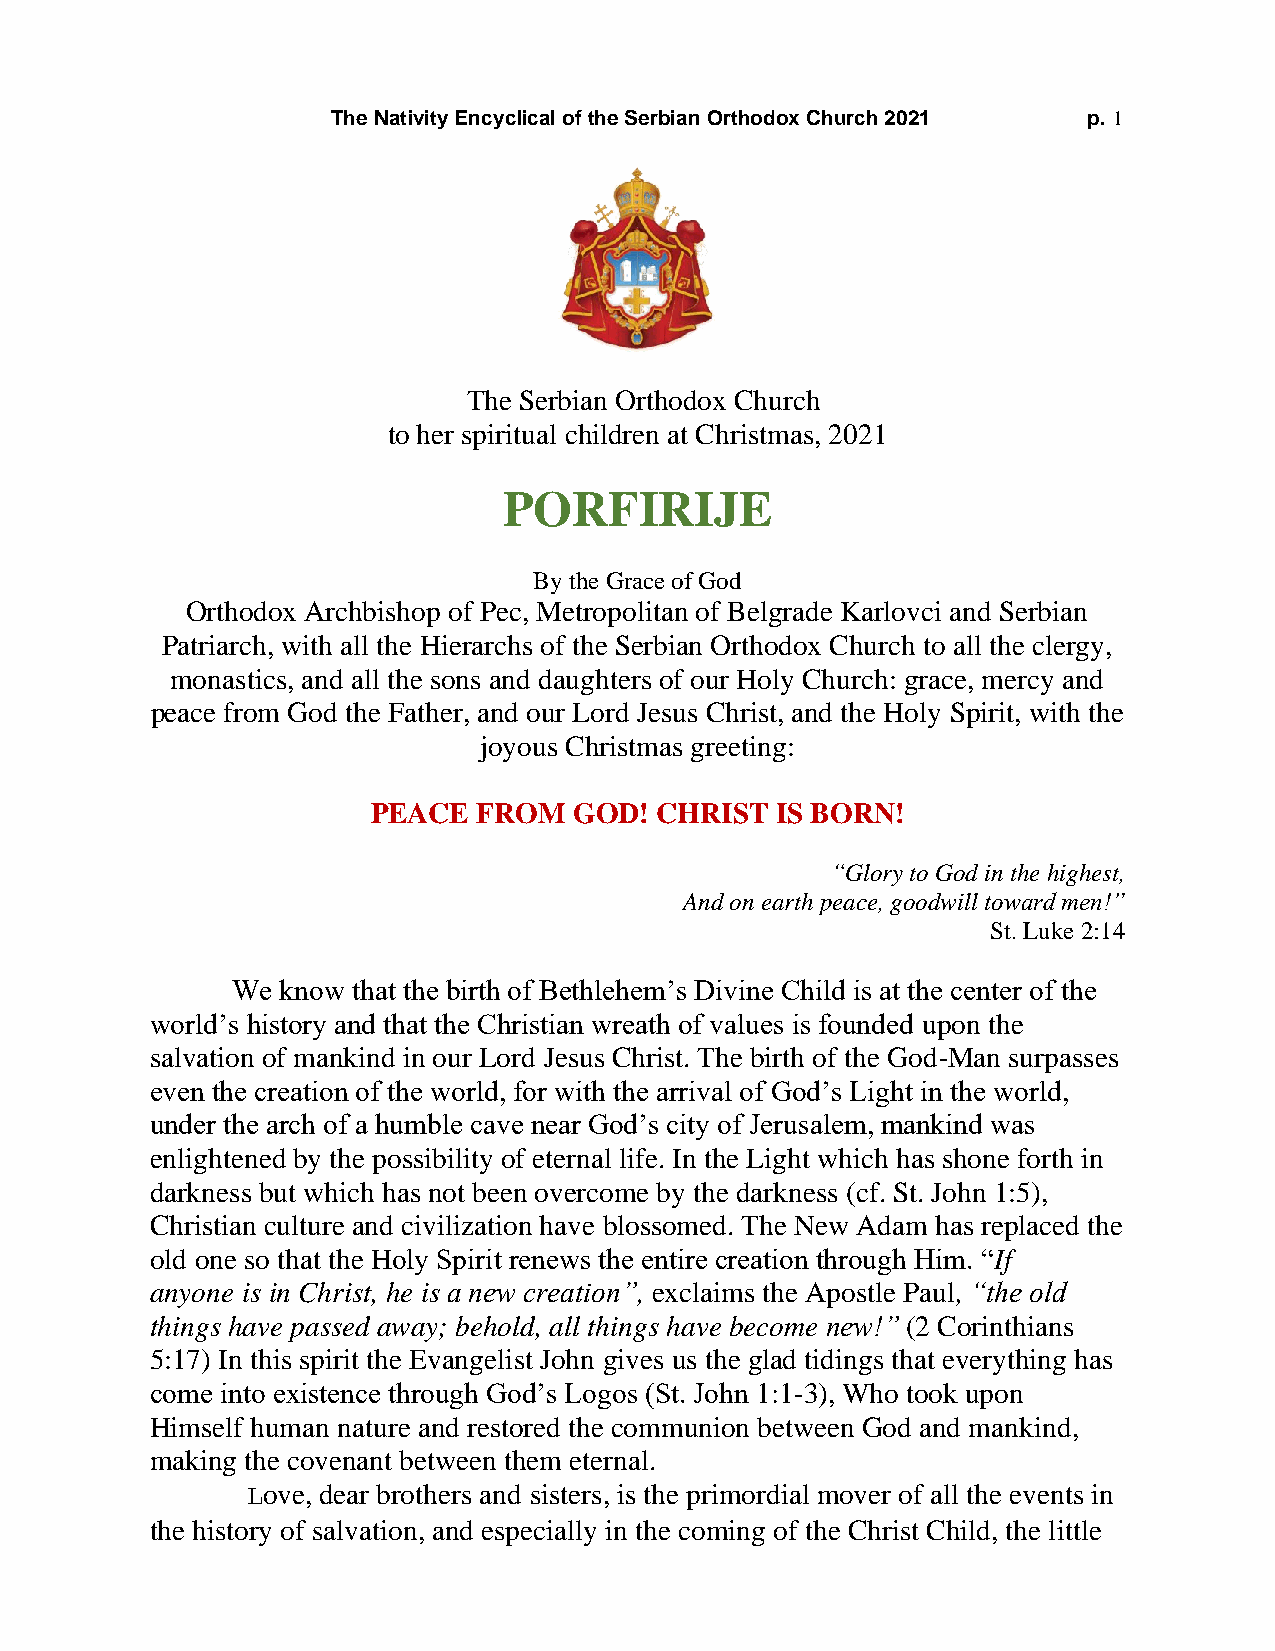
The Nativity Encyclical of the Serbian Orthodox Church 2021 p. 1
 The Serbian Orthodox Church
 to her spiritual children at Christmas, 2021
 PORFIRIJE
 By the Grace of God
 Orthodox Archbishop of Pec, Metropolitan of Belgrade Karlovci and Serbian
 Patriarch, with all the Hierarchs of the Serbian Orthodox Church to all the clergy,
 monastics, and all the sons and daughters of our Holy Church: grace, mercy and
 peace from God the Father, and our Lord Jesus Christ, and the Holy Spirit, with the
 joyous Christmas greeting:
 PEACE  FROM  GOD! CHRIST  IS BORN!
 “Glory to God in the highest,
 And on earth peace, goodwill toward men!”
 St. Luke 2:14
 We  know that the birth of Bethlehem’s Divine Child is at the center of the
 world’s history and that the Christian wreath of values is founded upon the
 salvation of mankind in our Lord Jesus Christ. The birth of the God-Man surpasses
 even the creation of the world, for with the arrival of God’s Light in the world,
 under the arch of a humble cave near God’s city of Jerusalem, mankind was
 enlightened by the possibility of eternal life. In the Light which has shone forth in
 darkness but which has not been overcome by the darkness (cf. St. John 1:5),
 Christian culture and civilization have blossomed. The New Adam has replaced the
 old one so that the Holy Spirit renews the entire creation through Him. “If
 anyone is in Christ, he is a new creation”, exclaims the Apostle Paul, “the old
 things have passed away; behold, all things have become new!” (2 Corinthians
 5:17) In this spirit the Evangelist John gives us the glad tidings that everything has
 come into existence through God’s Logos (St. John 1:1-3), Who took upon
 Himself human nature and restored the communion between God and mankind,
 making the covenant between them eternal.
 Love, dear brothers and sisters, is the primordial mover of all the events in
 the history of salvation, and especially in the coming of the Christ Child, the little